Indian journal of veterinary science and animal husbandry - Volume 14,
Year: 1944
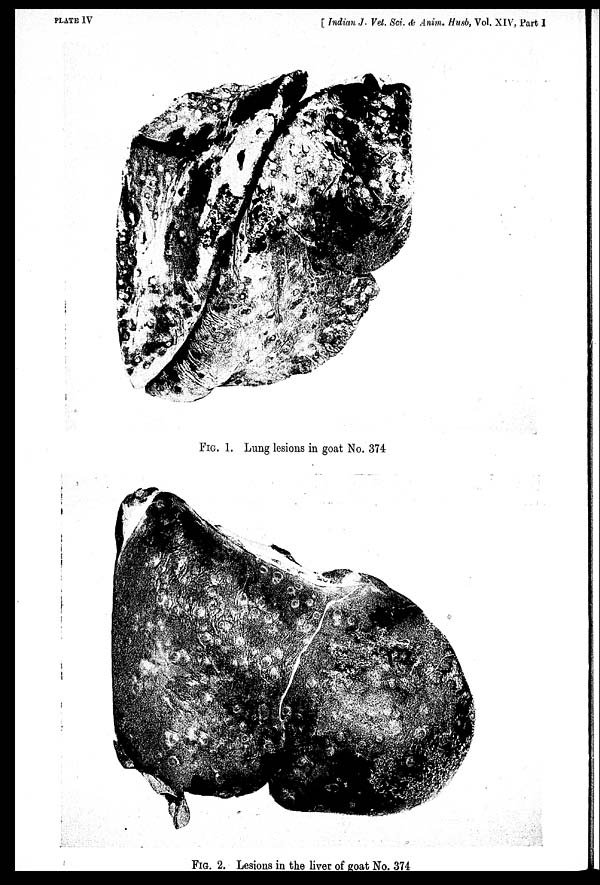
PLATE IV
[ Indian J. Vet. Sci. & Anim. Husb, Vol. XIV, Part I
FIG. 1. Lung lesions in goat No. 374
FIG. 2. Lesions in the liver of goat No. 374